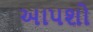
અાપશો